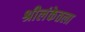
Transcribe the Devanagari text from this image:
श्रीलंकेतला